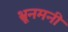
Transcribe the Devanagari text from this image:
भ्रूनमनी